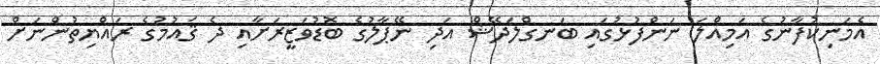
އެމަނިކުފާނުގެ އަމިއްލަ ނަންފުޅުގައި ބަނގްލަދޭޝް އަދި ނޭޕާލުގެ ބޮޑުވަޒީރަށާއި ދެ ޤައުމުގެ ރައްޔިތުންނަށް